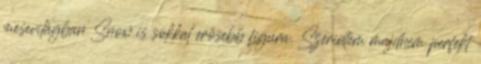
mesevilágban Snow is sokkal erősebb figura. Szerintem majdnem perfekt